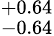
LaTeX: ^{+0.64}_{-0.64}